Vaccination in Bombay 1889-1901 - 1889-1901
Year: 1889
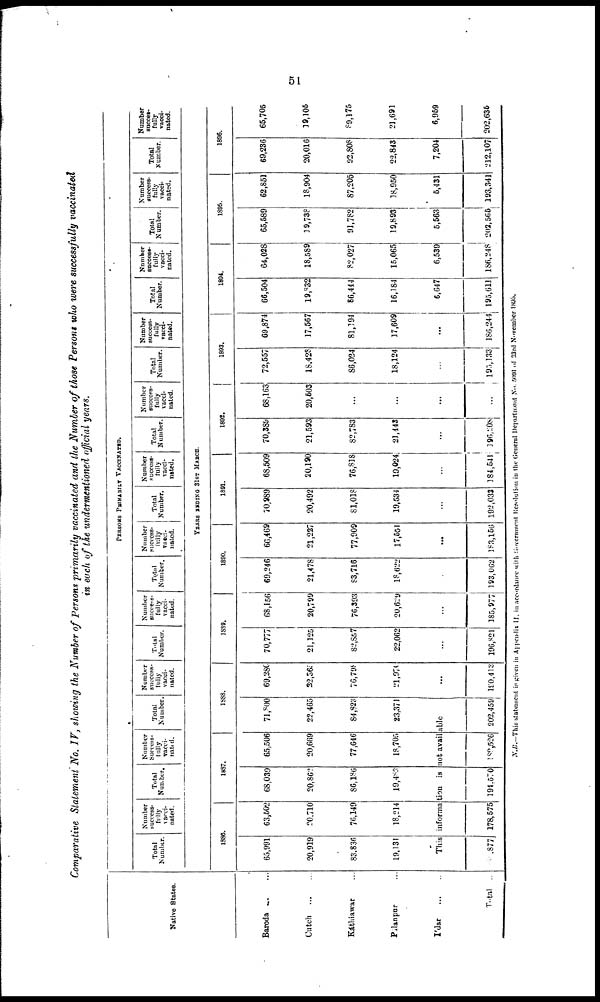
51
Comparative Statement No. IV, showing the Number of Persons primarily vaccinated and the Number of those Persons who were successfully vaccinated
in each of the undermentioned official years.
Native States.
Baroda ... ...
Cutch
...
...
Káthiawar ...
Pálanpur ...
I'dar
...
...
Total ...
PERSONS PRIMARILY VACCINATED.
Total
Number.
Number
success¬
fully
vacci-
nated.
Total
Number.
Number
Success¬
fully
vacci¬
nated.
Total
Number.
Number
success¬
fully
vacci¬
nated.
Total
Number.
Number
success¬
fully
vacci-
nated.
Total
Number.
Number
success¬
fully
vacci¬
nated.
Total
Number.
Number
success-
fully
vacci-
nated.
Total
Number.
Number
success-
fully
vacci-
nated.
Total
Number.
Number
success-
fully
vacci-
nated.
Total
Number.
Number
success-
fully
vacci-
nated.
Total
Number.
Number
success-
fully
vacci-
nated.
Total
Number.
Number
succes¬
fully
vacci-
nated.
YEARS ENDING 31ST MARCH.
1886.
65,991
20,919
83,836
19,131
63,502
20,710
76,149
18,214
1887.
68,039
20,862
86,186
19,483
65,506
20,669
77,646
18,705
1888.
71,800
22,465
84,823
23,371
This information is not available
877 178,575 194,570 182,526 202,459
69,280
32,365
76,798
21,970
...
190,413
1889.
70,777
21,125
82,857
22,062
...
196,821
68,156
20,799
76,393
20,629
...
185,977
1890.
69,246
21,478
83,716
18,622
...
193,062
66,469
21,227
77,909
17,551
...
183,156
1891.
70,989
20,492
81,018
19,534
...
192,033
68,509
20,190
76,818
19,024
...
184,541
1892.
70,389
21,593
82,783
21,443
...
196,208
68,163
20,503
...
...
...
...
1893.
72,557
18,428
86,024
18,124
...
195,133
69,874
17,567
81,194
17,609
...
186,244
1894.
66,504
19,832
86,444
16,184
6,647
195,611
64,028
18,589
82,027
15,065
6,539
186,248
1895.
65,589
19,738
91,782
19,893
5,563
202,565
62,851
18,904
87,205
18,950
5,431
193,341
1896.
69,236
20,016
92,808
22,843
7,204
212,107
65,705
19,105
89,175
21,691
6,959
202,635
N.B.—This statement is given in Appendix II, in accordance with Government Resolution in the General Department No. 5091 of 23rd November 1895.